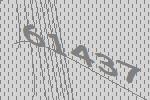
61437